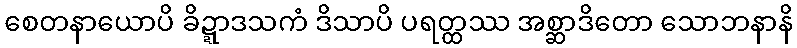
စေတနာယောပိ ခိဍ္ဍာဒသကံ ဒိသာပိ ပရတ္ထဿ အစ္ဆာဒိတော သောဘနာနိ